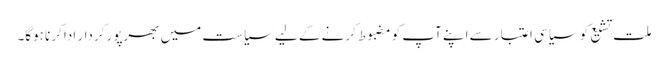
ملت تشیع کو سیاسی اعتبار سے اپنے آپ کو مضبوط کرنے کے لیے سیاست میں بھرپور کردار ادا کرنا ہوگا۔